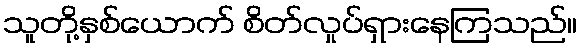
သူတို့နှစ်ယောက် စိတ်လှုပ်ရှားနေကြသည်။